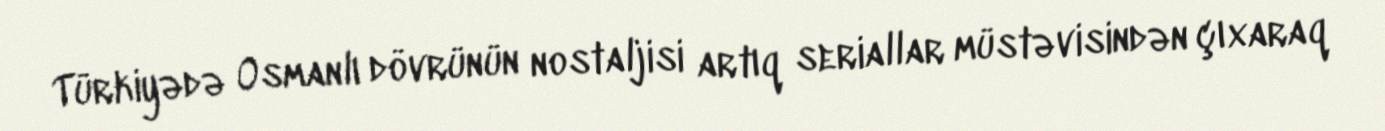
Türkiyədə Osmanlı dövrünün nostaljisi artıq seriallar müstəvisindən çıxaraq